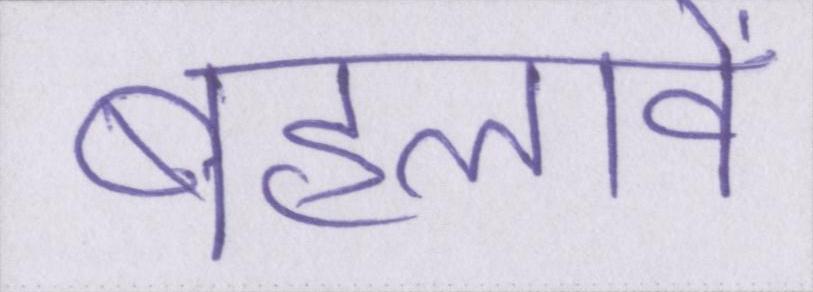
बहलावे